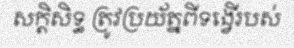
សក្តិសិទ្ធ ត្រូវប្រយ័ត្នពីទង្វើរបស់